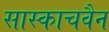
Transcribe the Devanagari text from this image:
सास्काचवैन